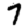
Digit: 7